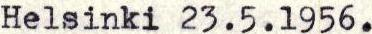
Helsinki 23.5.1956.